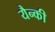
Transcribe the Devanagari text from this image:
यैन्की